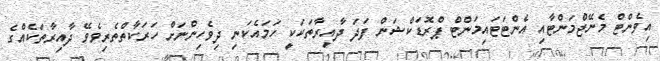
އިވެންޓް މެނޭޖްމަންޓާއި އެންޓަޓައިމަންޓް ޕްރޮޑަކްޝަން ފަދަ ދާއިރާތަކަކީ ހަމައެކަނި ދިވެހިންނަށް ހަރަކާތްތެރިވެވޭ ދާއިރާތަކެއްގެ